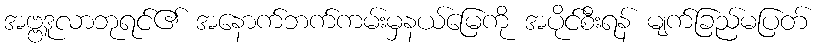
အဗ္ဗဒူလာဘုရင်၏ အနောက်ဘက်ကမ်းမှနယ်မြေကို အပိုင်စီးရန် မျက်ခြည်မပြတ်